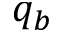
q _ { b }